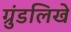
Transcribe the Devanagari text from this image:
ग्रुंडलिखे